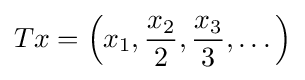
Tx=\left(x_{1},{\frac {x_{2}}{2}},{\frac {x_{3}}{3}},\dots \right)